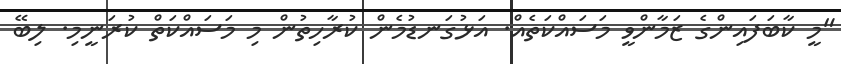
"މީ ކާބަފައިންގެ ޒަމާންވީ މަސައްކަތެއް. އަޅުގަނޑުމެން ކުރާހިތުން މި މަސައްކަތް ކުރަނީމި. ލިބޭ